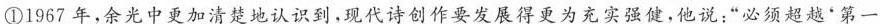
①1967年，余光中更加清楚地认识到，现代诗创作要发展得更为充实强健，他说：”必须超越'第一